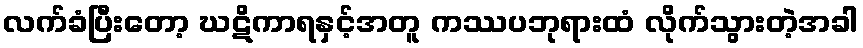
လက်ခံပြီးတော့ ဃဋိကာရနှင့်အတူ ကဿပဘုရားထံ လိုက်သွားတဲ့အခါ